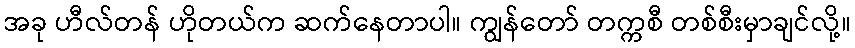
အခု ဟီလ်တန် ဟိုတယ်က ဆက်နေတာပါ။ ကျွန်တော် တက္ကစီ တစ်စီးမှာချင်လို့။